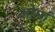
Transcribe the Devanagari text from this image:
ओमां